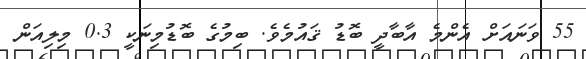
55 ވަނައަށް އެންމެ އާބާދީ ބޮޑު ޤައުމެވެ. ބިމުގެ ބޮޑުމިނަކީ 0.3 މިލިއަން